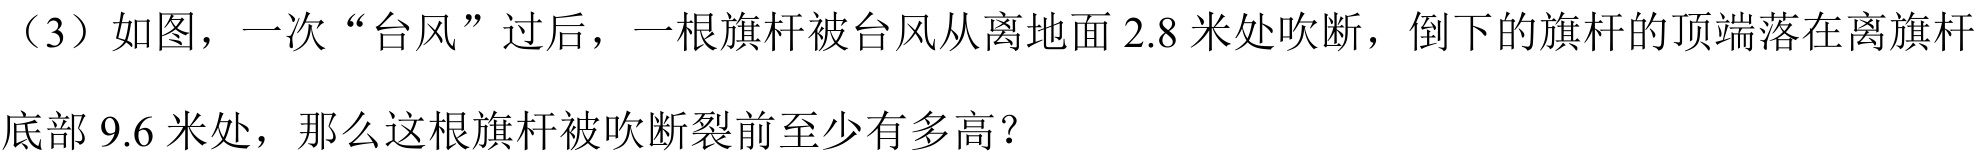
（3）如图，一次“台风”过后，一根旗杆被台风从离地面 \(2.8\) 米处吹断，倒下的旗杆的顶端落在离旗杆底部 \(9.6\) 米处，那么这根旗杆被吹断裂前至少有多高？